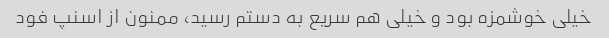
خیلی خوشمزه بود و خیلی هم سریع به دستم رسید، ممنون از اسنپ فود